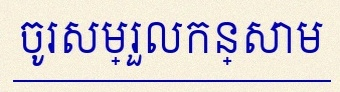
ចូរសម្រួលកន្សោម